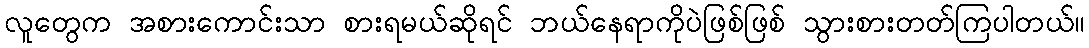
လူတွေက အစားကောင်းသာ စားရမယ်ဆိုရင် ဘယ်နေရာကိုပဲဖြစ်ဖြစ် သွားစားတတ်ကြပါတယ်။